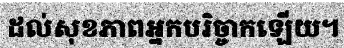
ដល់សុខភាពអ្នកបរិច្ចាកឡើយ។